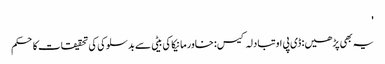
'
یہ بھی پڑھیں: ڈی پی او تبادلہ کیس: خاور مانیکا کی بیٹی سے بدسلوکی کی تحقیقات کا حکم